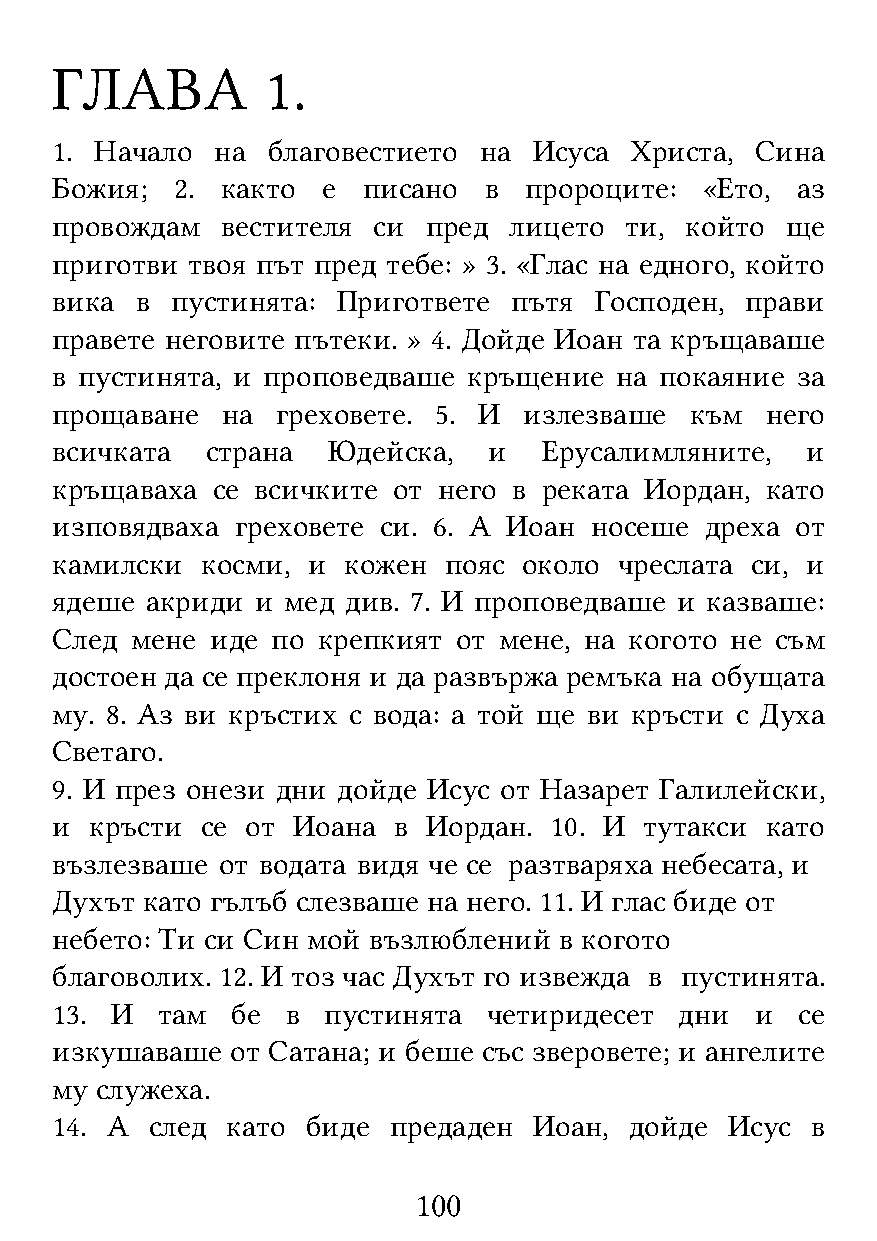
ГЛАВА          1.
 1. Начало  на  благовестието на Исуса  Христа, Сина
 Божия;   2. както е  писано  в  пророците:  «Ето, аз
 провождам   вестителя си пред  лицето ти, който  ще
 приготви твоя път пред тебе: » 3. «Глас на едного, който
 вика  в пустинята: Пригответе  пътя Господен, прави
 правете неговите пътеки. » 4. Дойде Иоан та кръщаваше
 в пустинята, и проповедваше кръщение  на покаяние за
 прощаване   на греховете. 5. И  излезваше  към  него
 всичката   страна  Юдейска,  и   Ерусалимляните,  и
 кръщаваха  се всичките от него в реката Иордан, като
 изповядваха  греховете си. 6. А Иоан носеше дреха от
 камилски  косми, и  кожен пояс  около чреслата си, и
 ядеше  акриди и мед див. 7. И проповедваше и казваше:
 След  мене иде по крепкият от мене, на когото не съм
 достоен да се преклоня и да развържа ремъка на обущата
 му. 8. Аз ви кръстих с вода: а той ще ви кръсти с Духа
 Светаго.
 9. И през онези дни дойде Исус от Назарет Галилейски,
 и  кръсти се от Иоана  в Иордан. 10. И  тутакси като
 възлезваше от водата видя че се разтваряха небесата, и
 Духът като гълъб слезваше на него. 11. И глас биде от
 небето: Ти си Син мой възлюблений в когото
 благоволих. 12. И тоз час Духът го извежда в пустинята.
 13. И  там  бе  в пустинята  четиридесет  дни  и  се
 изкушаваше  от Сатана; и беше със зверовете; и ангелите
 му служеха.
 14. А  след като биде  предаден Иоан,  дойде Исус  в
 100